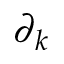
\partial _ { k }